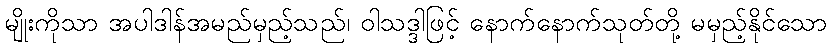
မျိုးကိုသာ အပါဒါန်အမည်မှည့်သည်၊ ဝါသဒ္ဒါဖြင့် နောက်နောက်သုတ်တို့ မမှည့်နိုင်သော